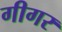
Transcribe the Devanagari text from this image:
गीगर